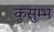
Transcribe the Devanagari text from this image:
कुसुम्भ